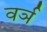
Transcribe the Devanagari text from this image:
वर्ञ